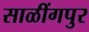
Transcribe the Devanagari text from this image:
साळींगपुर